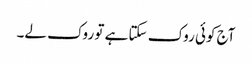
آج کوئی روک سکتا ہے تو روک لے۔